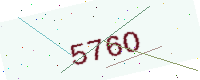
Text: 576O